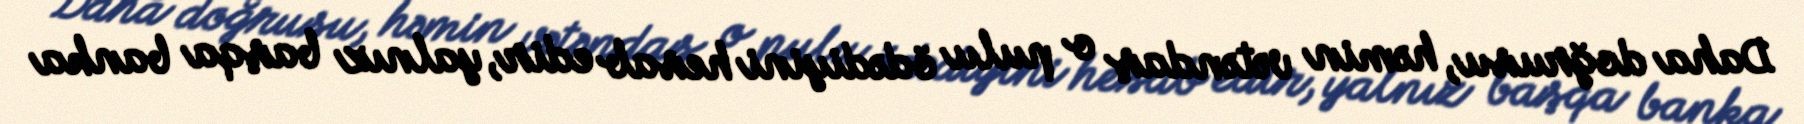
Daha doğrusu, həmin vətəndaş o pulu ödədiyini hesab edir, yalnız başqa banka